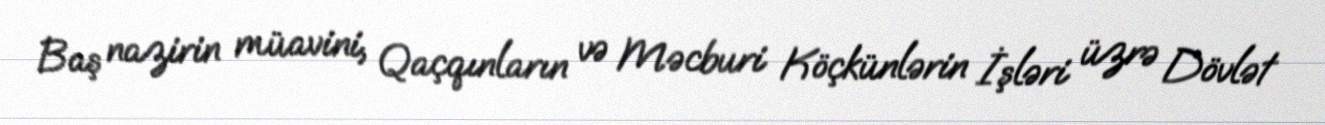
Baş nazirin müavini, Qaçqınların və Məcburi Köçkünlərin İşləri üzrə Dövlət